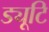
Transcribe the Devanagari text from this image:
ड्यूटि